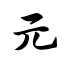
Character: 元